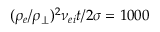
( \rho _ { e } / \rho _ { \perp } ) ^ { 2 } \nu _ { e i } t / 2 \sigma = 1 0 0 0